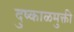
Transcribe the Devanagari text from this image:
दुष्काळमुक्ती